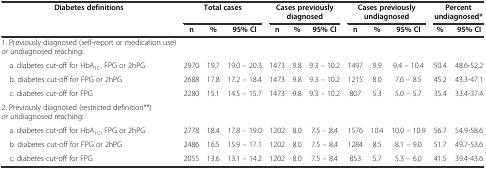
<table><thead><tr><td><b>Diabetes definitions</b></td><td colspan="3"><b>Total cases</b></td><td colspan="3"><b>Cases previously diagnosed</b></td><td colspan="3"><b>Cases previously undiagnosed</b></td><td colspan="2"><b>Percent undiagnosed*</b></td></tr><tr><td></td><td><b>n</b></td><td><b>%</b></td><td><b>95% CI</b></td><td><b>n</b></td><td><b>%</b></td><td><b>95% CI</b></td><td><b>n</b></td><td><b>%</b></td><td><b>95% CI</b></td><td><b>%</b></td><td><b>95% CI</b></td></tr></thead><tbody><tr><td>1. Previously diagnosed (self-report or medication use) <i>or</i> undiagnosed reaching:</td><td></td><td></td><td></td><td></td><td></td><td></td><td></td><td></td><td></td><td></td><td></td></tr><tr><td> a. diabetes cut-off for HbA<sub>1C</sub>, FPG or 2hPG</td><td>2970</td><td>19.7</td><td>19.0 – 20.3</td><td>1473</td><td>9.8</td><td>9.3 – 10.2</td><td>1497</td><td>9.9</td><td>9.4 – 10.4</td><td>50.4</td><td>48.6-52.2</td></tr><tr><td> b. diabetes cut-off for FPG or 2hPG</td><td>2688</td><td>17.8</td><td>17.2 – 18.4</td><td>1473</td><td>9.8</td><td>9.3 – 10.2</td><td>1215</td><td>8.0</td><td>7.6 – 8.5</td><td>45.2</td><td>43.3-47.1</td></tr><tr><td> c. diabetes cut-off for FPG</td><td>2280</td><td>15.1</td><td>14.5 – 15.7</td><td>1473</td><td>9.8</td><td>9.3 – 10.2</td><td>807</td><td>5.3</td><td>5.0 – 5.7</td><td>35.4</td><td>33.4-37.4</td></tr><tr><td>2. Previously diagnosed (restricted definition**) <i>or</i> undiagnosed reaching:</td><td></td><td></td><td></td><td></td><td></td><td></td><td></td><td></td><td></td><td></td><td></td></tr><tr><td> a. diabetes cut-off for HbA<sub>1C</sub>, FPG or 2hPG</td><td>2778</td><td>18.4</td><td>17.8 – 19.0</td><td>1202</td><td>8.0</td><td>7.5 – 8.4</td><td>1576</td><td>10.4</td><td>10.0 – 10.9</td><td>56.7</td><td>54.9-58.6</td></tr><tr><td> b. diabetes cut-off for FPG or 2hPG</td><td>2486</td><td>16.5</td><td>15.9 – 17.1</td><td>1202</td><td>8.0</td><td>7.5 – 8.4</td><td>1284</td><td>8.5</td><td>8.1 – 9.0</td><td>51.7</td><td>49.7-53.6</td></tr><tr><td> c. diabetes cut-off for FPG</td><td>2055</td><td>13.6</td><td>13.1 – 14.2</td><td>1202</td><td>8.0</td><td>7.5 – 8.4</td><td>853</td><td>5.7</td><td>5.3 – 6.0</td><td>41.5</td><td>39.4-43.6</td></tr></tbody></table>